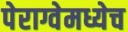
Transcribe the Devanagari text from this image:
पेराग्वेमध्येच